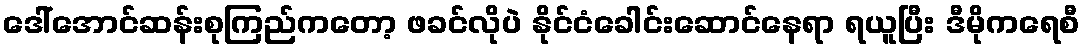
ဒေါ်အောင်ဆန်းစုကြည်ကတော့ ဖခင်လိုပဲ နိုင်ငံခေါင်းဆောင်နေရာ ရယူပြီး ဒီမိုကရေစီ